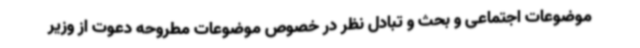
موضوعات اجتماعی و بحث و تبادل نظر در خصوص موضوعات مطروحه دعوت از وزیر